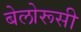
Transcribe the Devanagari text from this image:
बेलोरूसी